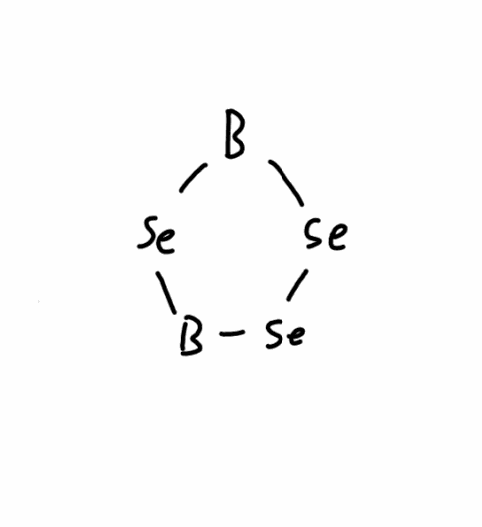
Simplified molecular-input line-entry system (SMILES) notation of the given molecule:
[B]1[Se][B][Se][Se]1